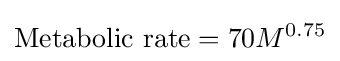
{\text{Metabolic rate}}=70M^{0.75}